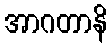
အာဂတာနိ